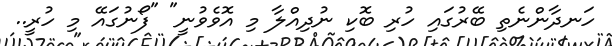
ހަނދާންނެތި ބޭރުގައި ހުރި ބޮކި ނުދިއްލާ މި އޮވެވުނީ" "ފޯނުގައޭ މި ހުރީ..